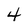
Character: 4